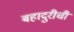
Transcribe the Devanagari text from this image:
बहादुरीची